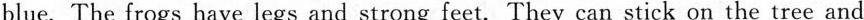
blue. The frogs have legs and strong feet.They can stick on the tree and